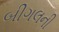
બીગલની